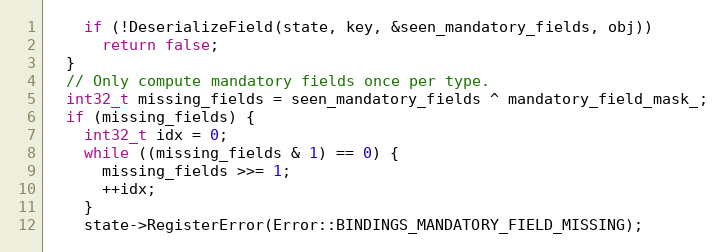
Language: C++
    if (!DeserializeField(state, key, &seen_mandatory_fields, obj))
      return false;
  }
  // Only compute mandatory fields once per type.
  int32_t missing_fields = seen_mandatory_fields ^ mandatory_field_mask_;
  if (missing_fields) {
    int32_t idx = 0;
    while ((missing_fields & 1) == 0) {
      missing_fields >>= 1;
      ++idx;
    }
    state->RegisterError(Error::BINDINGS_MANDATORY_FIELD_MISSING);